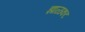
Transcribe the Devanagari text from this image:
झाळकट